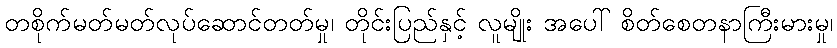
တစိုက်မတ်မတ်လုပ်ဆောင်တတ်မှု၊ တိုင်းပြည်နှင့် လူမျိုး အပေါ် စိတ်စေတနာကြီးမားမှု၊